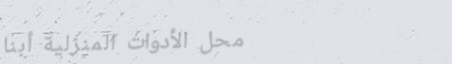
محل الأدوات المنزلية أبنا